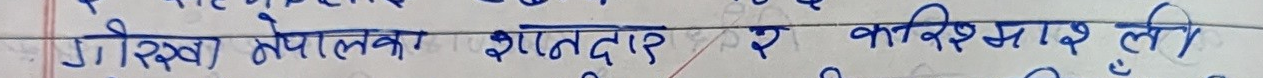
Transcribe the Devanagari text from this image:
गोरखा नेपालका भरतदार र कण्देशमाई लि